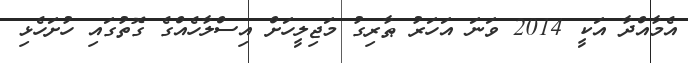
އެމާއްދާ އަކީ 2014 ވަނަ އަހަރު ޠާރިގު މަޖިލީހަށް އިސްލާހެއްގެ ގޮތުގައި ހުށަހެޅި